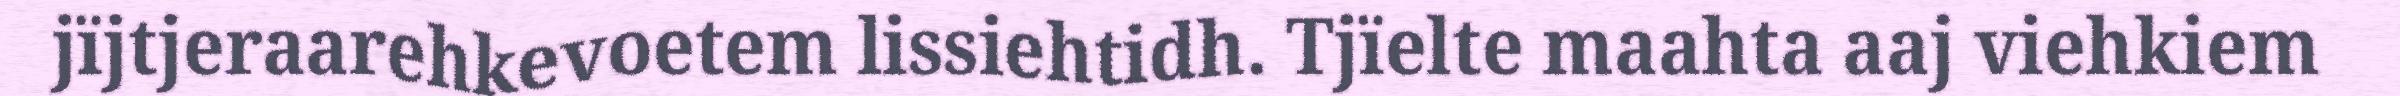
jïjtjeraarehkevoetem lissiehtidh. Tjïelte maahta aaj viehkiem